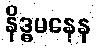
နိဒ္ဓမနေန